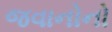
જવાનોનો